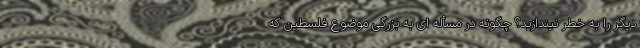
دیگر را به خطر نیندازید؟ چگونه در مسأله ای به بزرگی موضوع فلسطین که